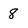
Character: 8